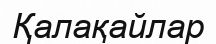
Қалақайлар